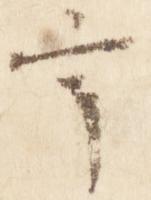
宇